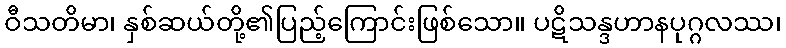
ဝီသတိမာ၊ နှစ်ဆယ်တို့၏ပြည့်ကြောင်းဖြစ်သော။ ပဋိသန္ဒဟာနပုဂ္ဂလဿ၊